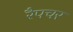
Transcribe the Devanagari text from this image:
रैपचर